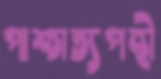
পাশ্চাত্যপন্থী